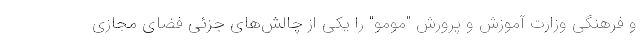
و فرهنگی وزارت آموزش و پرورش "مومو" را یکی از چالش‌های جزئی فضای مجازی